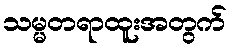
သမ္မတရာထူးအတွက်